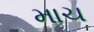
માચ